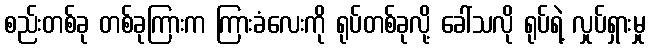
စည်းတစ်ခု တစ်ခုကြားက ကြားခံလေးကို ရုပ်တစ်ခုလို့ ခေါ်သလို ရုပ်ရဲ့ လှုပ်ရှားမှု